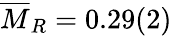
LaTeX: \overline{{M}}_{R}=0.29(2)